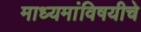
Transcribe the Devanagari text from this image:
माध्यमांविषयीचे